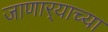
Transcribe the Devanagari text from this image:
जाणार्‍याच्या